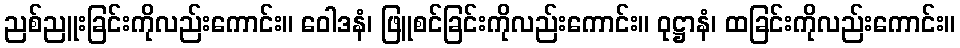
ညစ်ညူးခြင်းကိုလည်းကောင်း။ ဝေါဒနံ၊ ဖြူစင်ခြင်းကိုလည်းကောင်း။ ဝုဋ္ဌာနံ၊ ထခြင်းကိုလည်းကောင်း။